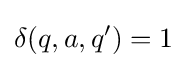
\delta (q,a,q^{\prime })=1